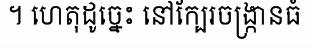
។ ហេតុដូច្នេះ នៅក្បែរចង្ក្រានធំ